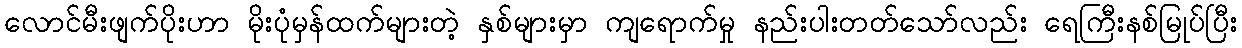
လောင်မီးဖျက်ပိုးဟာ မိုးပုံမှန်ထက်များတဲ့ နှစ်များမှာ ကျရောက်မှု နည်းပါးတတ်သော်လည်း ရေကြီးနစ်မြုပ်ပြီး